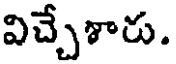
విచ్చేశారు.